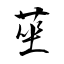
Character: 莝